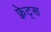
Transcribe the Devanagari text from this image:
फ़्रेट्स